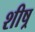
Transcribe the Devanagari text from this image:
शीष्र